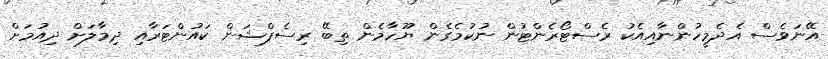
އޭނަވެސް އެދެމީހުންނާއިއެކު ރެސްޓޯރެންޓުން ނުކުމެގެން ޔޫހާމެން ތިބޭ ރިސެޕްޝަން ކައުންޓަރާއި ދިމާލަށް ދިއުމަށް